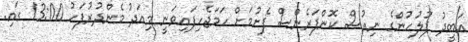
އަބީދު ފުލުހުންގެ ނިއުސް ކޮންފަރެންސް ފެށުމަށް ހަމަޖެހިފައިވަނީ މިއަދު މެންދުރުފަހު 13:00 ގައި.